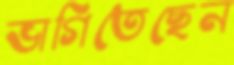
ভাগিতেছেন